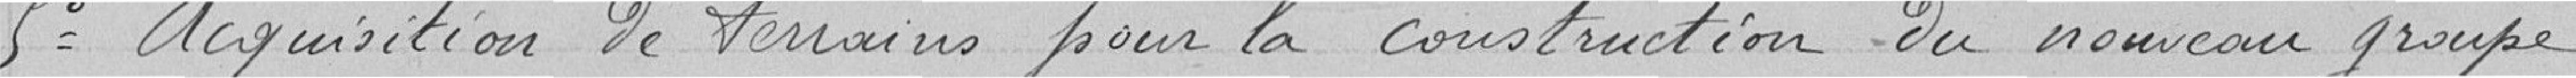
5° Acquisition des terrains pour la construction du nouveau groupe